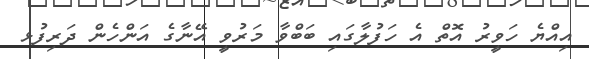
އިއްޔެ ހަވީރު އޮތް އެ ހަފުލާގައި ބަބްވާ މަރުވީ އޭނާގެ އަންހެން ދަރިފުޅ